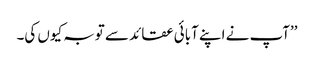
’’آپ نے اپنے آبائی عقائد سے توبہ کیوں کی۔